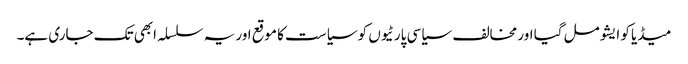
میڈیا کو ایشو مل گیا اور مخالف سیاسی پارٹیوں کو سیاست کا موقع اور یہ سلسلہ ابھی تک جاری ہے۔